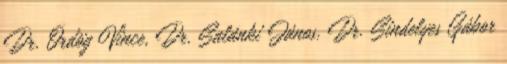
Dr. Ördög Vince, Dr. Salánki János, Dr. Sindelyes Gábor